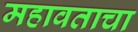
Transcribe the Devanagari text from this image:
महावताचा